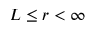
L \le r < \infty